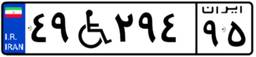
۱۷W۴۸۱۲۱